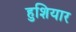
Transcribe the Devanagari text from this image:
हुशियार